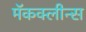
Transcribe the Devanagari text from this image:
मॅकक्लीन्स